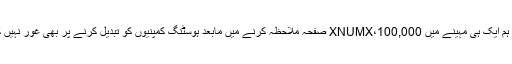
یہاں تک کہ ہم ایک ہی مہینے میں 100,000،XNUMX صفحہ ملاحظہ کرنے میں مابعد ہوسٹنگ کمپنیوں کو تبدیل کرنے پر بھی غور نہیں کرتے تھے۔